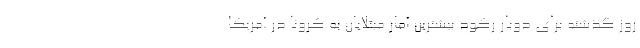
روز گذشته برای دوبار رکود بیشترین آمار مبتلایان به کرونا در آمریکا